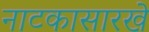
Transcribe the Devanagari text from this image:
नाटकासारखे